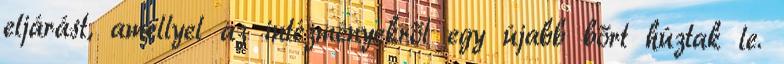
eljárást, amellyel az intézményekről egy újabb bőrt húztak le.